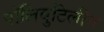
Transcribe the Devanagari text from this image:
पॉलिबुटिलीन